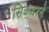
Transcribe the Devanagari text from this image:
सिकदरने